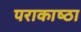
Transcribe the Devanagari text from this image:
पराकाष्‍ठा